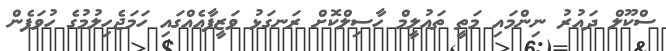
ސްކޫލް ދައުރު ނިންމައި މަތީ ތައުލީމް ހާސިލްކޮށް ރަނގަޅު ވަޒީފާއެއްގައި ހަމަޖެހިލުމުގެ ހުވަފެން